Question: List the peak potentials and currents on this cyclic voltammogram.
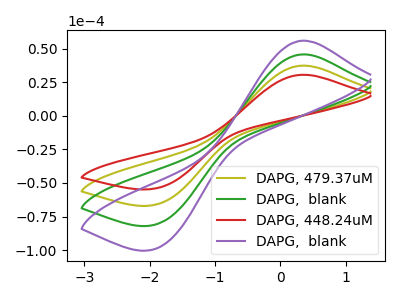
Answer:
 <answer>The olive curve "DAPG, 479.37uM" has an anodic peak at (0.35V, 37.35uA) and a cathodic peak at (-1.90V, -65.80uA). The green curve "DAPG,  blank" has an anodic peak at (0.35V, 74.70uA) and a cathodic peak at (-1.90V, -131.60uA). The red curve "DAPG, 448.24uM" has an anodic peak at (0.35V, 30.55uA) and a cathodic peak at (-1.90V, -53.80uA). The purple curve "DAPG,  blank" has an anodic peak at (0.35V, 112.10uA) and a cathodic peak at (-1.90V, -197.35uA).</answer>
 <eval></eval>